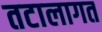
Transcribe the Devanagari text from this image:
तटालागत